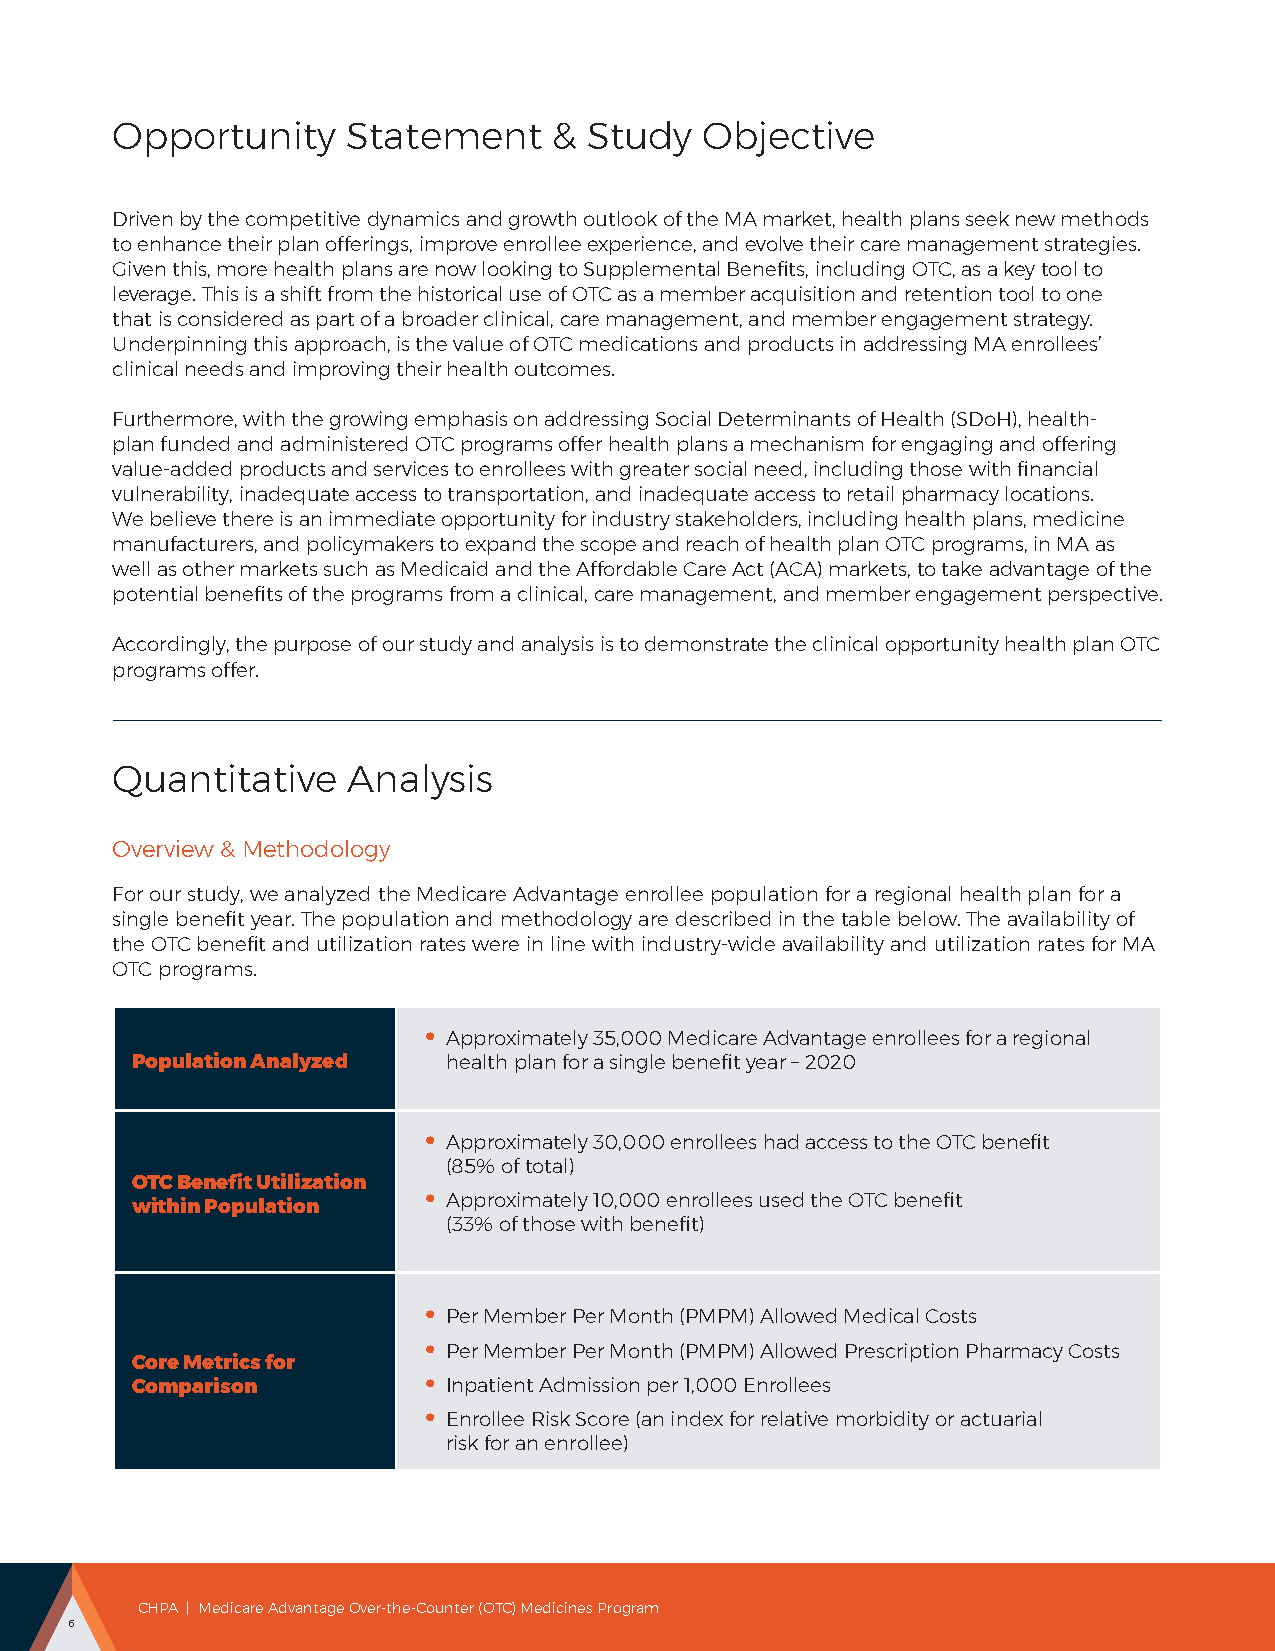
Opportunity     Statement     & Study   Objective
 Driven by the competitive dynamics and growth outlook of the MA market, health plans seek new methods
 to enhance their plan offerings, improve enrollee experience, and evolve their care management strategies.
 Given this, more health plans are now looking to Supplemental Benefits, including OTC, as a key tool to
 leverage. This is a shift from the historical use of OTC as a member acquisition and retention tool to one
 that is considered as part of a broader clinical, care management, and member engagement strategy.
 Underpinning this approach, is the value of OTC medications and products in addressing MA enrollees’
 clinical needs and improving their health outcomes.
 Furthermore, with the growing emphasis on addressing Social Determinants of Health (SDoH), health-
 plan funded and administered OTC programs offer health plans a mechanism for engaging and offering
 value-added products and services to enrollees with greater social need, including those with financial
 vulnerability, inadequate access to transportation, and inadequate access to retail pharmacy locations.
 We believe there is an immediate opportunity for industry stakeholders, including health plans, medicine
 manufacturers, and policymakers to expand the scope and reach of health plan OTC programs, in MA as
 well as other markets such as Medicaid and the Affordable Care Act (ACA) markets, to take advantage of the
 potential benefits of the programs from a clinical, care management, and member engagement perspective.
 Accordingly, the purpose of our study and analysis is to demonstrate the clinical opportunity health plan OTC
 programs offer.
 Quantitative    Analysis
 Overview & Methodology
 For our study, we analyzed the Medicare Advantage enrollee population for a regional health plan for a
 single benefit year. The population and methodology are described in the table below. The availability of
 the OTC benefit and utilization rates were in line with industry-wide availability and utilization rates for MA
 OTC programs.
 •
 Approximately 35,000 Medicare Advantage enrollees for a regional
 Population Analyzed  health plan for a single benefit year – 2020
 •
 Approximately 30,000 enrollees had access to the OTC benefit
 (85% of total)
 OTC Benefit Utilization •
 Approximately 10,000 enrollees used the OTC benefit
 within Population
 (33% of those with benefit)
 •
 Per Member Per Month (PMPM) Allowed Medical Costs
 •
 Per Member Per Month (PMPM) Allowed Prescription Pharmacy Costs
 Core Metrics for
 •
 Comparison           Inpatient Admission per 1,000 Enrollees
 •
 Enrollee Risk Score (an index for relative morbidity or actuarial
 risk for an enrollee)
 CHPA | Medicare Advantage Over-the-Counter (OTC) Medicines Program
 6